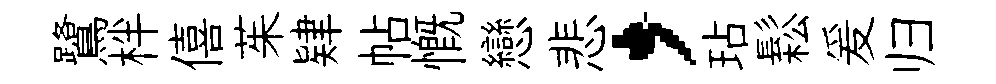
鷺柈僖茱肄帖慨戀悲，玷鬆爰归